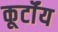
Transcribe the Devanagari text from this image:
कूर्टॉय